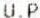
U.P